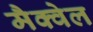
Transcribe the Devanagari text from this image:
मैक्वेल